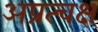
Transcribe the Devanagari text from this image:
अप्रत्चक्ष